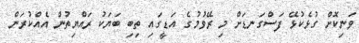
ވަނިކޮށް ގުޅެކުޅޭ ފަސްގަނޑަށް މި ރޭވުމުގެ އަޑީގައި ތިބި ބަޔަކު ރައްޔިތުން އެއްކުރަން